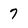
Character: 7